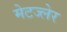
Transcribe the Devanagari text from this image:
मेटज्लेर